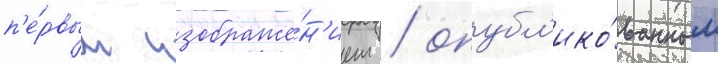
п'е́рвым изображе́н'ием / опубл'ико́ванным